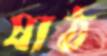
ষাঠ